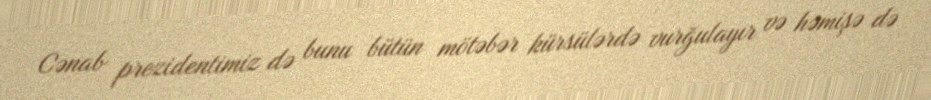
Cənab prezidentimiz də bunu bütün mötəbər kürsülərdə vurğulayır və həmişə də